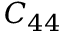
C _ { 4 4 }